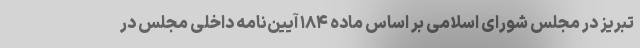
تبریز در مجلس شورای اسلامی بر اساس ماده ۱۸۴ آیین‌نامه داخلی مجلس در